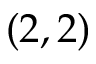
( 2 , 2 )